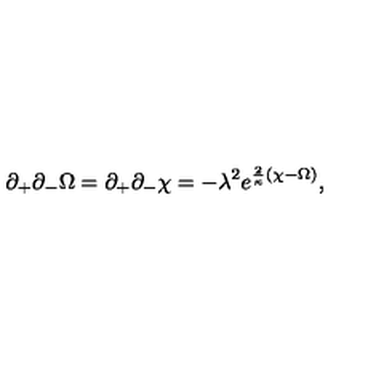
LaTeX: \partial _ { + } \partial _ { - } \Omega = \partial _ { + } \partial _ { - } \chi = - \lambda ^ { 2 } e ^ { { \frac { 2 } { \kappa } } ( \chi - \Omega ) } ,